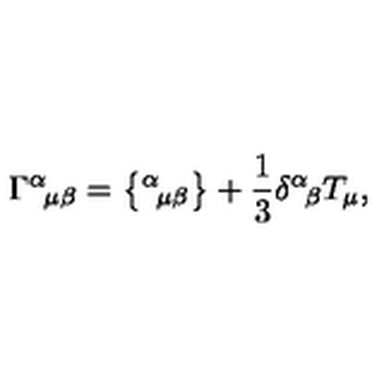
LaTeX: \Gamma ^ { \alpha } { } _ { \! \mu \beta } = \big \{ { } ^ { \alpha } { } _ { \! \mu \beta } \big \} + \frac { 1 } { 3 } \delta ^ { \alpha } { } _ { \! \beta } T _ { \mu } ,